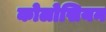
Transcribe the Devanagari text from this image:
कोलोसियन